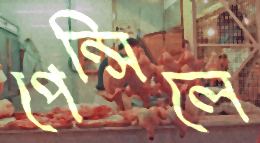
পেন্সিলে